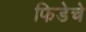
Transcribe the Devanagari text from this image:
फिडेचे